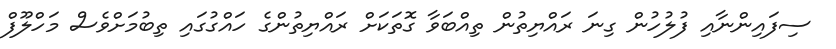
ސިފައިންނާއި ފުލުހުން ގިނަ ރައްޔިތުން ތިއްބަވާ ގޮތަކަށް ރައްޔިތުންގެ ހައްގުގައި ތިބުމަށްވެސް މަހްލޫފް